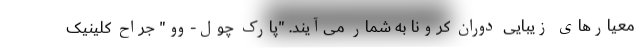
معیارهای زیبایی دوران کرونا به شمار می‌آیند. "پارک چول-وو" جراح کلینیک